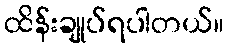
ထိန်းချုပ်ရပါတယ်။